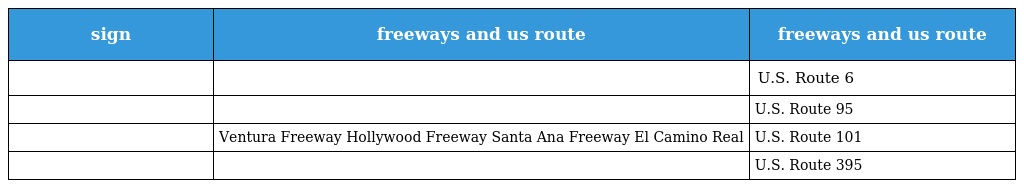
| sign | freeways and us route | freeways and us route |
 | --- | --- | --- |
 |  |  | U.S. Route 6 |
 |  |  | U.S. Route 95 |
 |  | Ventura Freeway Hollywood Freeway Santa Ana Freeway El Camino Real | U.S. Route 101 |
 |  |  | U.S. Route 395 |